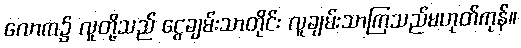
လောက၌ လူတို့သည် ငွေချမ်းသာတိုင်း လူချမ်းသာကြသည်မဟုတ်ကုန်။